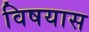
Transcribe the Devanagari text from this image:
विषयास